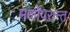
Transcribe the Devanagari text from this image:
मर्णोंपरान्त